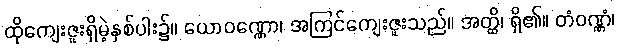
ထိုကျေးဇူးရှိမဲ့နှစ်ပါး၌။ ယောဝဏ္ဏော၊ အကြင်ကျေးဇူးသည်။ အတ္ထိ၊ ရှိ၏။ တံဝဏ္ဏံ၊